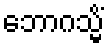
ဘောဂသ္မိံ